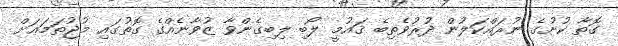
ގޮތާ ކުށުގެ ނުރައްކަލުން ދުރުވެތިބެ ޤައުމީ ލޯބި ލިބިގެންވާ ޒުވާނެއްގެ ގޮތުގައި މުޖުތަމަޢަށް